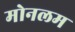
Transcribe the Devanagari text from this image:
मोनलम